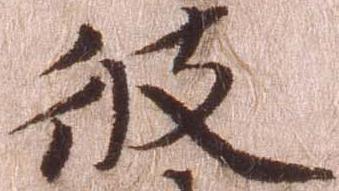
彼